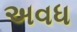
અવધ